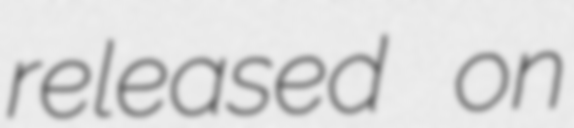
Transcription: released on